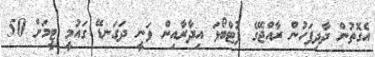
އެގޮތުން ދާދިފަހުން ރާއްޖޭގެ ފުޓްބޯޅަ އިދާރާއިން ވަނީ ދަގަނޑޭ ގައުމީ ޓީމަށް 50